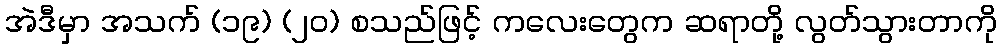
အဲဒီမှာ အသက် (၁၉) (၂၀) စသည်ဖြင့် ကလေးတွေက ဆရာတို့ လွတ်သွားတာကို